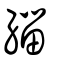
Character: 緇